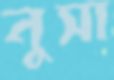
নুসা